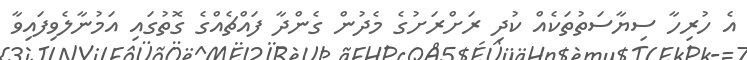
އެ ހުރިހާ ސިޔާސަތުތަކެއް ކުދި ރަށްރަށުގެ މެދުން ގެންދާ ފައްޗެއްގެ ގޮތުގައި އަމުނާލެވިފައިވާ